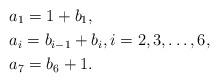
LaTeX: \begin{align*} &a_1 = 1 + b_1, \\ &a_i = b_{i-1} + b_i, i=2,3,\ldots, 6, \\ &a_7 = b_6 +1. \end{align*}